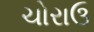
ચોરાઉ